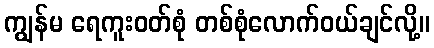
ကျွန်မ ရေကူးဝတ်စုံ တစ်စုံလောက်ဝယ်ချင်လို့။